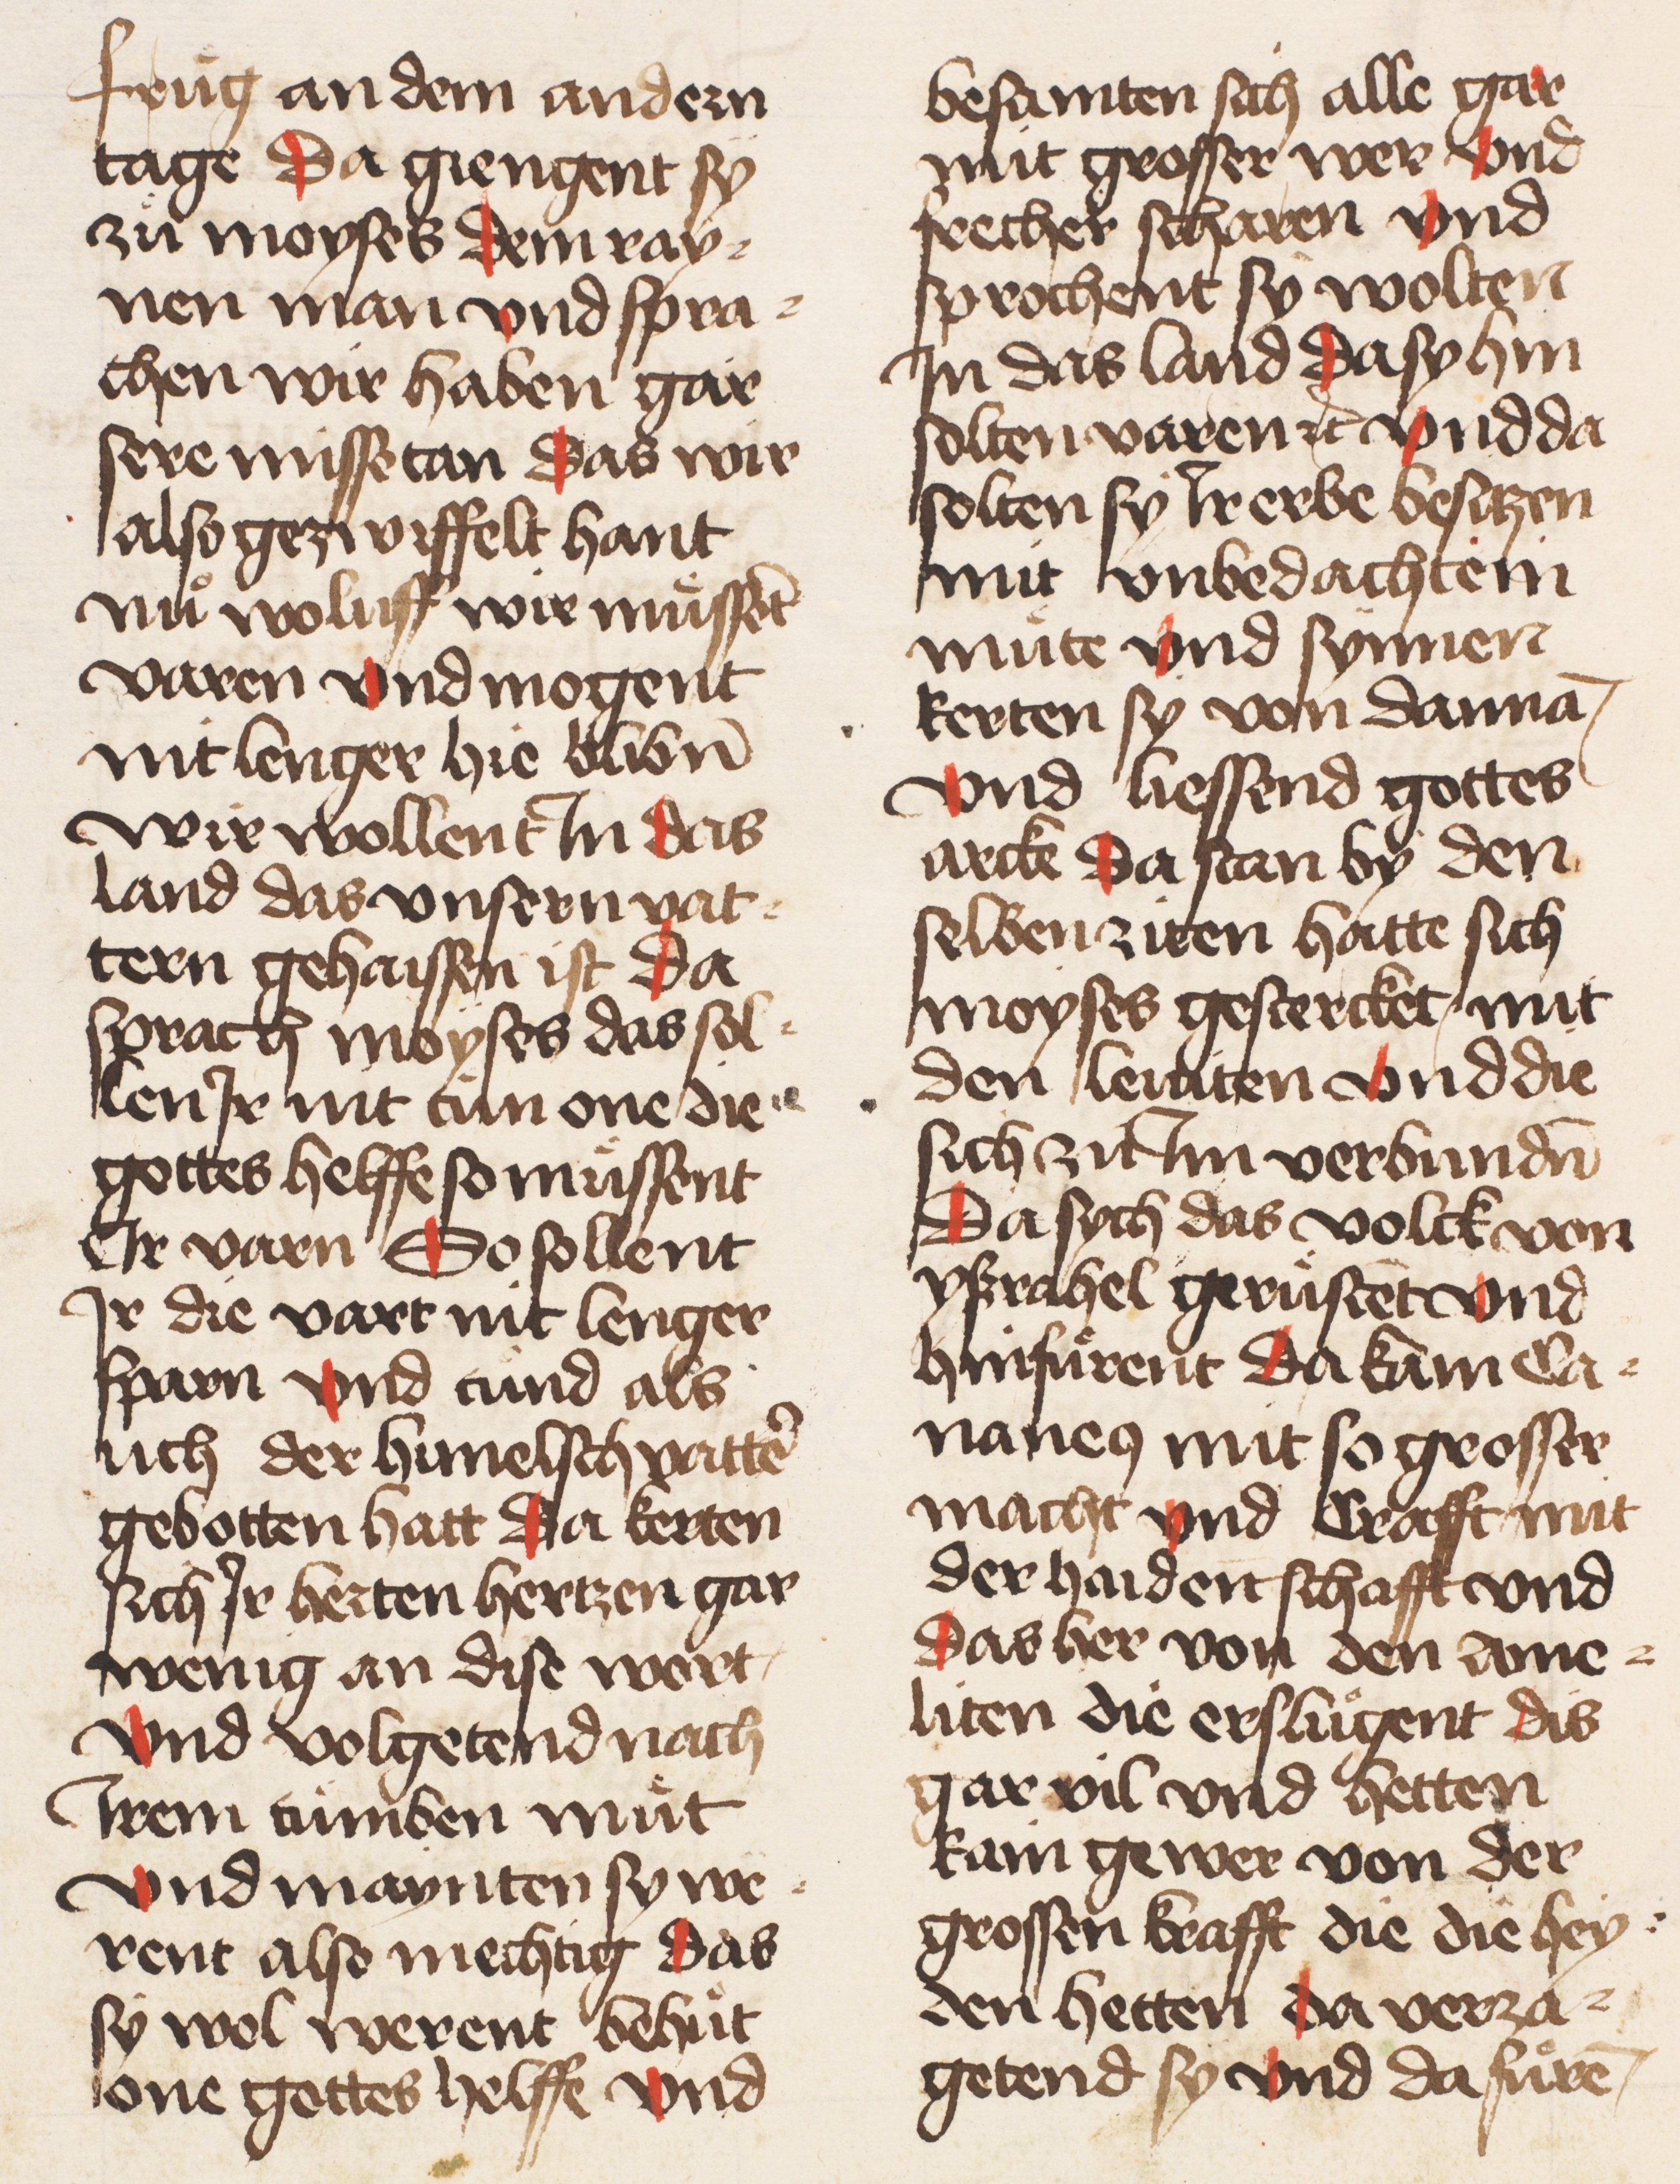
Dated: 1445–1455